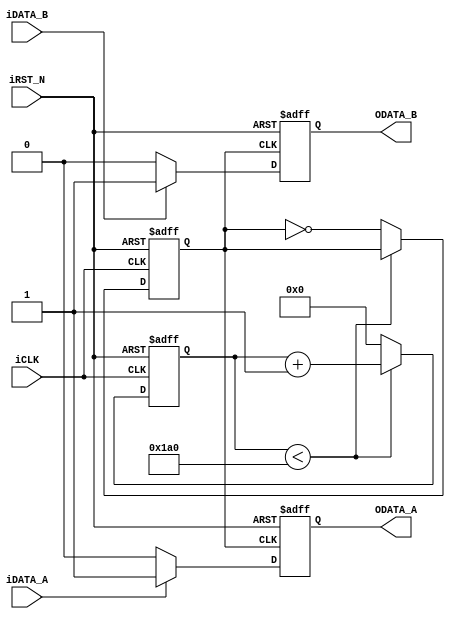
module FILTER (   
                iCLK,
                iRST_N,                                               
                iDATA_A,
					 iDATA_B,
					 ODATA_A,
					 ODATA_B
               );

input					iCLK;
input					iRST_N;
input					iDATA_A;
input					iDATA_B;
output reg 			ODATA_A; 
output reg 			ODATA_B; 
 
reg		[15:0]  	FILTER_CLK_DIV;
reg					FILTER_CLK;

// Clock Setting
parameter      	CLK_Freq        =       50000000;       //      50      MHz
parameter       	FILTER_Freq     =       15000;          //      15      KHz

/////////////////////   FILTER Clock      ////////////////////////
always@(posedge iCLK or negedge iRST_N)
begin
        if(!iRST_N)
        begin
				FILTER_CLK   <=      0;
				FILTER_CLK_DIV    <=      0;
        end
        else
        begin
				if( FILTER_CLK_DIV < (CLK_Freq/FILTER_Freq/8) )
						FILTER_CLK_DIV    <=      FILTER_CLK_DIV+1;
            else
            begin
						FILTER_CLK_DIV    <=      0;
						FILTER_CLK   <=      ~FILTER_CLK;
            end
        end
end


always@(posedge FILTER_CLK or negedge iRST_N)
begin
        if(!iRST_N)
        begin
					ODATA_A   <=      0;
        end
        else
        begin
				if(iDATA_A)
					ODATA_A    <=     1;
				else
					ODATA_A    <=     0;					
        end
end

always@(posedge FILTER_CLK or negedge iRST_N)
begin
        if(!iRST_N)
        begin
					ODATA_B   <=      0;
        end
        else
        begin
				if(iDATA_B)
					ODATA_B    <=     1;
				else
					ODATA_B    <=     0;					
        end
end

endmodule